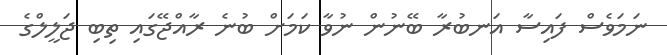
ނަމަވެސް ފައިސާ އަނބުރާ ބޭނުން ނުވާ ކަމަށް ބުނެ ރާއްޖޭގައި ތިބި ޖަލީލްގެ